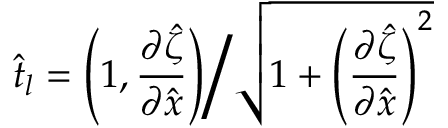
\hat { t } _ { l } = \left( 1 , \frac { \partial \hat { \zeta } } { \partial \hat { x } } \right) \bigg / \sqrt { 1 + \left( \frac { \partial \hat { \zeta } } { \partial \hat { x } } \right) ^ { 2 } }